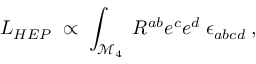
L _ { H E P } \; \propto \; \int _ { \mathcal { M } _ { 4 } } \; R ^ { a b } e ^ { c } e ^ { d } \; \epsilon _ { a b c d } \; ,